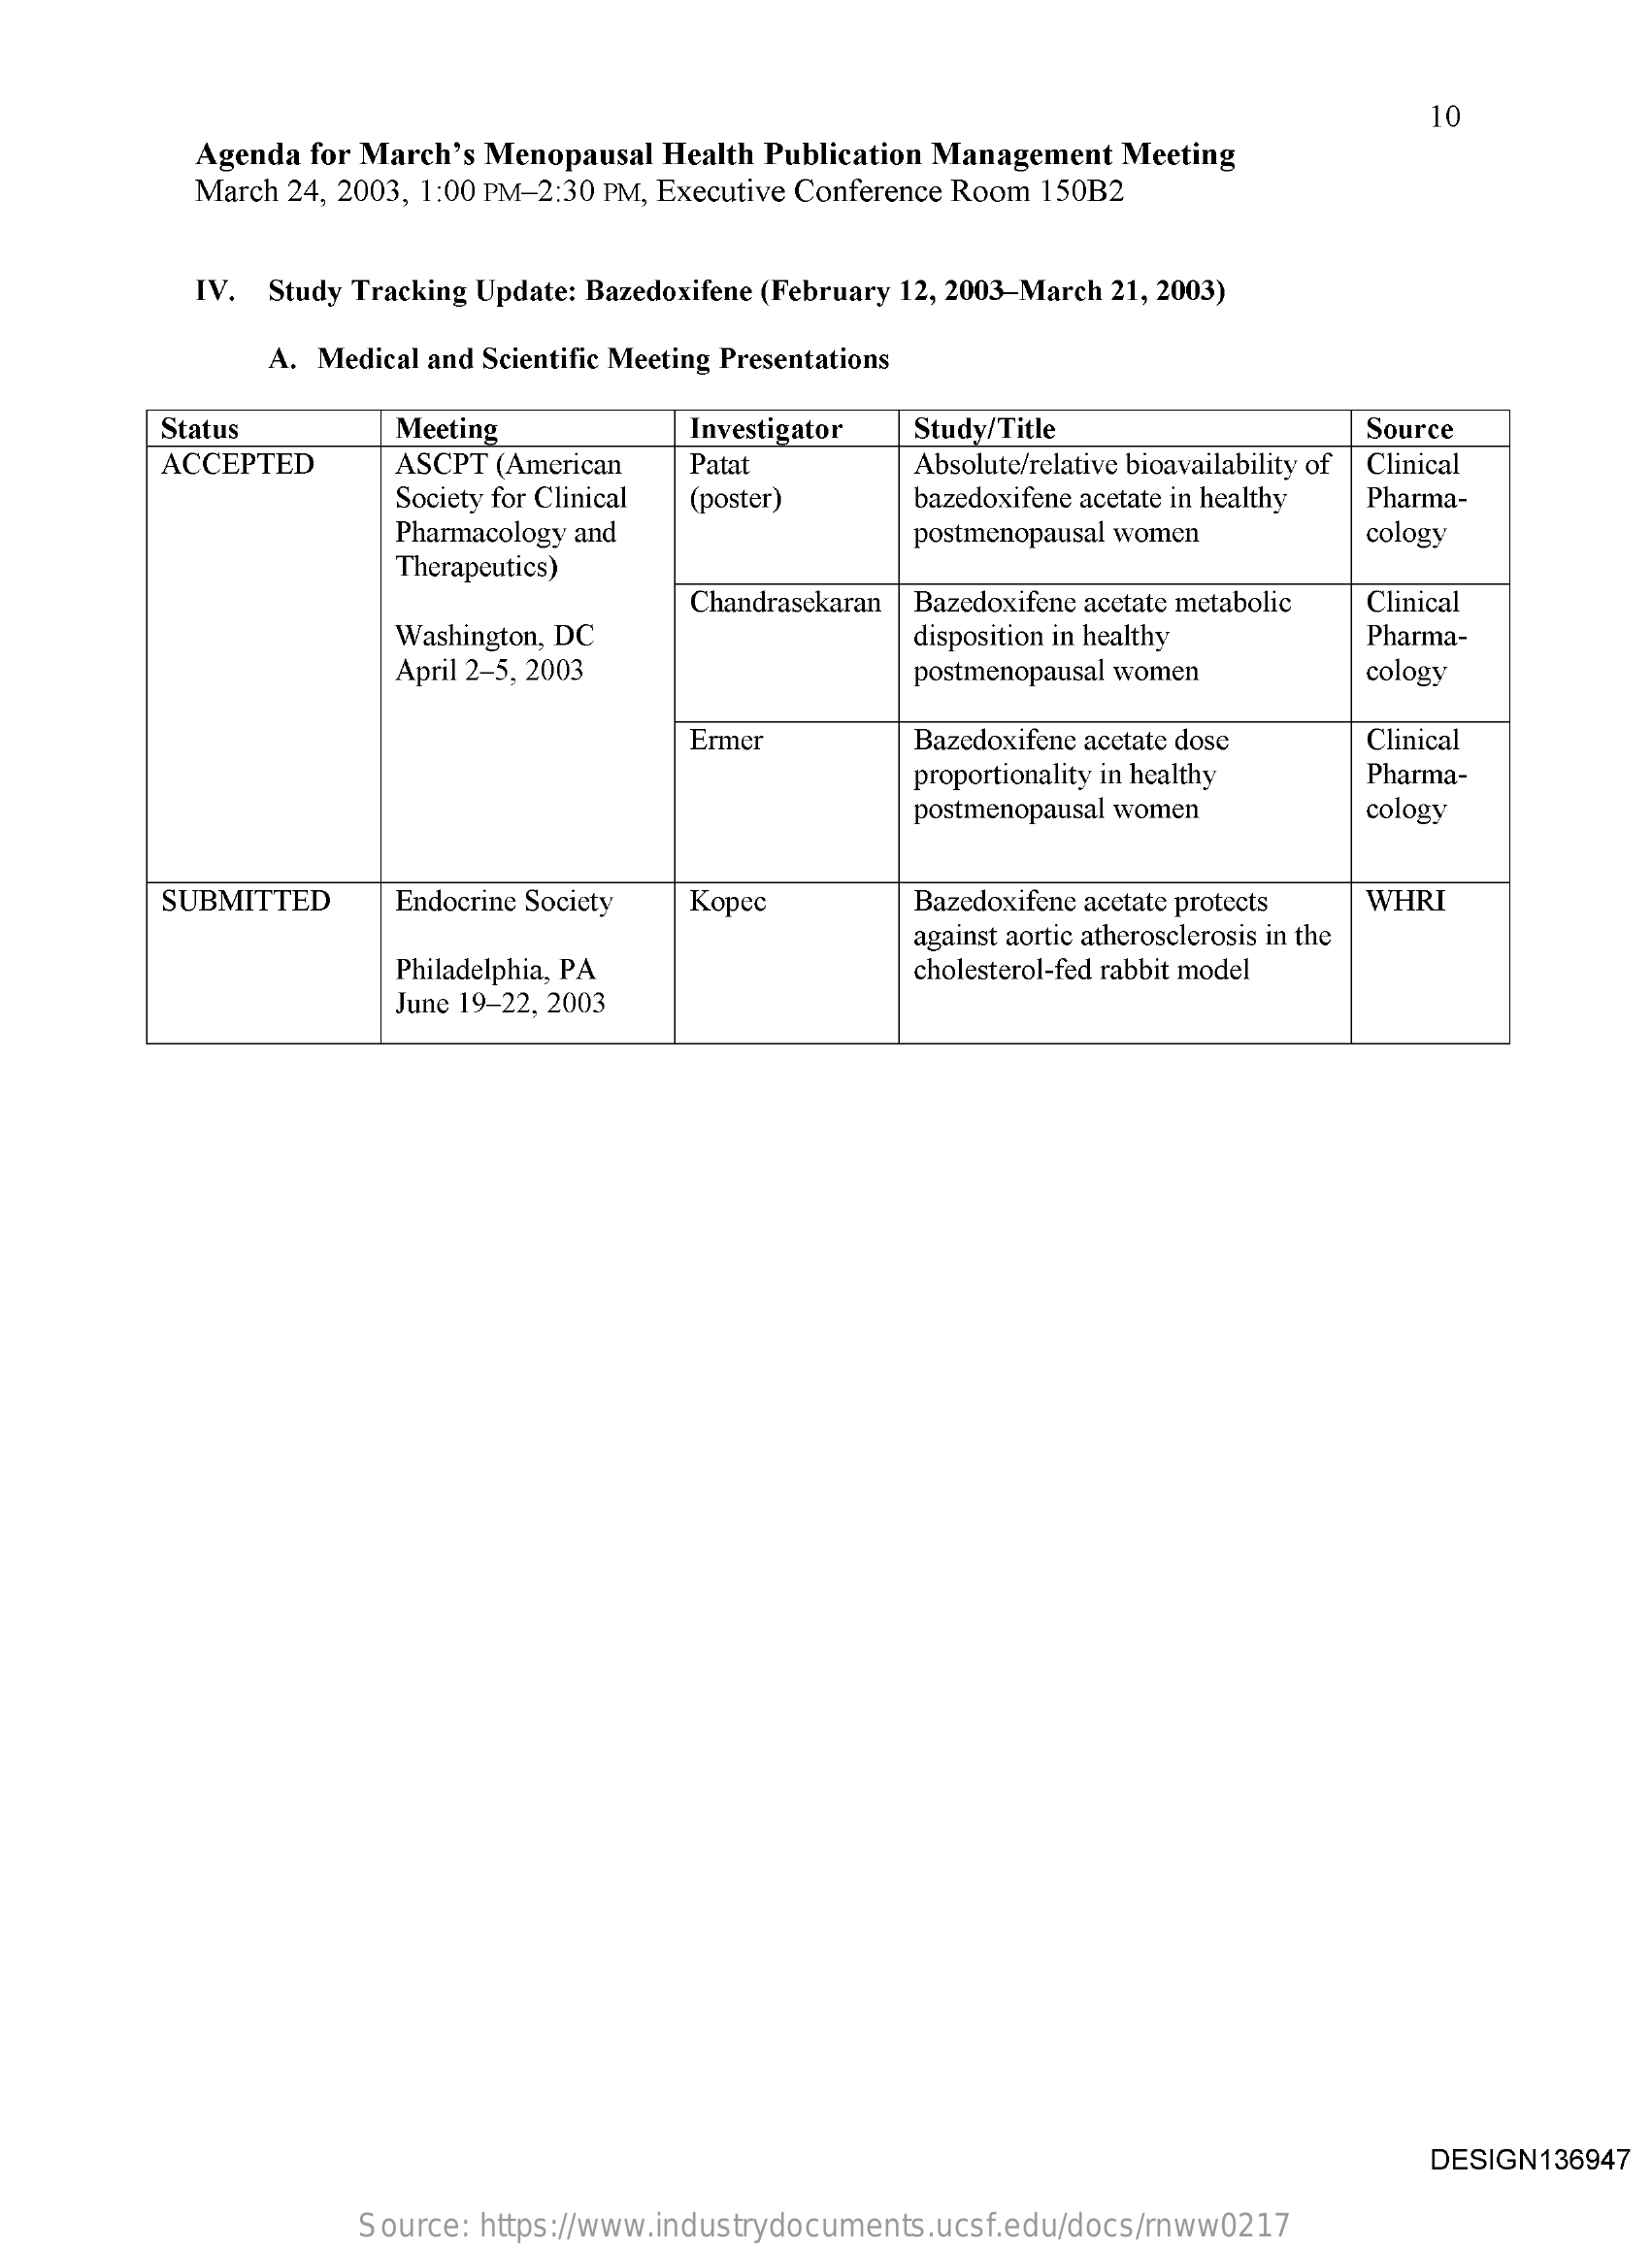
10
     Agenda for March's Menopausal Health Publication Management Meeting
     March 24, 2003, 1:00 PM-2:30 PM, Executive Conference Room 150B2
     IV. Study Tracking Update: Bazedoxifene (February 12, 2003-March 21, 2003)
     A. Medical and Scientific Meeting Presentations
     Status    Meeting    Investigator Study/Title    Source
     ACCEPTED    ASCPT (American Patat    Absolute/relative bioavailability of Clinical
     Society for Clinical    bazedoxifene acetate in healthy Pharma-
     Pharmacology and
     (poster)
     postmenopausal women    cology
     Therapeutics)
     Chandrasekaran    Clinical
     Washington, DC
     Bazedoxifene acetate metabolic
     disposition in healthy  Pharma-
     April 2-5, 2003    postmenopausal women    cology
     Ermer    Bazedoxifene acetate dose Clinical
     proportionality in healthy Pharma-
     postmenopausal women    cology
     SUBMITTED   Endocrine Society Kopec    Bazedoxifene acetate protects WHRI
     against aortic atherosclerosis in the
     Philadelphia, PA    cholesterol-fed rabbit model
     June 19-22, 2003
     DESIGN136947
     Source: https://www.industrydocuments.ucsf.edu/docs/rnww0217